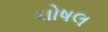
ઘોષલ